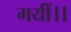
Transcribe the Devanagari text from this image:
गयीं।।